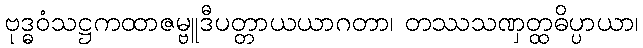
ဗုဒ္ဓဝံသဋ္ဌကထာဇမ္ဗူဒီပတ္တာယယာဂတာ၊ တဿသဏှတ္ထဓိပ္ပာယာ၊